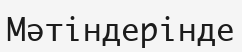
Мәтіндерінде